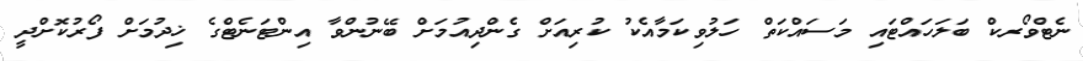
ނެޓްވޯރކް ބަލަހައްޓައި މަސައްކަތް ހަލުވިކަމާއެކު ކުރިއަށް ގެންދިއުމަށް ބޭނުންވާ އިންޓަނެޓްގެ ޚިދުމަށް ފޯރުކޮށްދީ